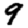
Digit: 9